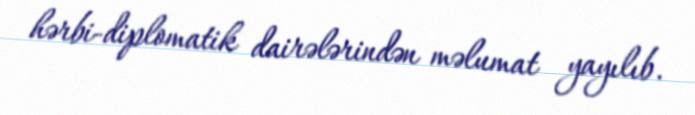
hərbi-diplomatik dairələrindən məlumat yayılıb.